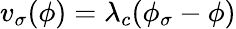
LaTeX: v_{\sigma}(\phi)=\lambda_{c}(\phi_{\sigma}-\phi)